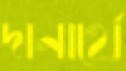
দানার্থে